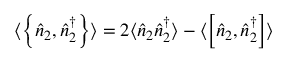
\langle \left\{ \hat { n } _ { 2 } , \hat { n } _ { 2 } ^ { \dagger } \right\} \rangle = 2 \langle \hat { n } _ { 2 } \hat { n } _ { 2 } ^ { \dagger } \rangle - \langle \left[ \hat { n } _ { 2 } , \hat { n } _ { 2 } ^ { \dagger } \right] \rangle